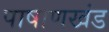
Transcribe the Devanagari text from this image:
पाषाणखंड